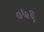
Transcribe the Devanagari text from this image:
०७६